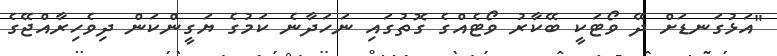
"އަޅުގަނޑަށް ދޭ ވޯޓަކީ ބޭކާރު ވޯޓެއްގެ ގޮތުގައި ނަހަދާނެ ކަމުގެ ޔަގީންކަން ދިވެހިރާއްޖޭގެ